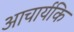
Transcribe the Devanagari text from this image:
आचार्यकि